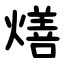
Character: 㷽